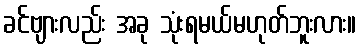
ခင်ဗျားလည်း အခု သုံးရမယ်မဟုတ်ဘူးလား။